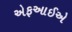
એફઆઈએ